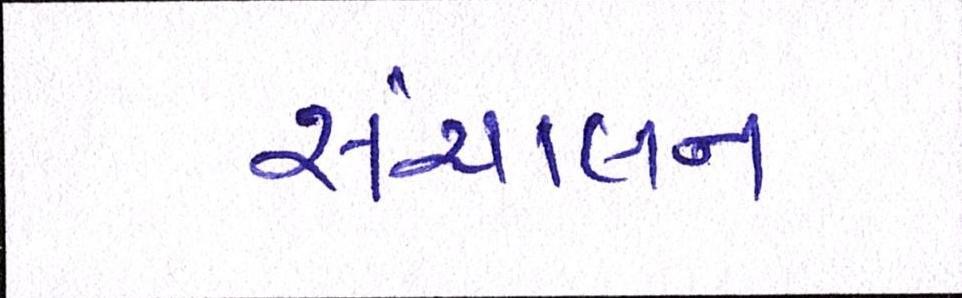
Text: સંચાલન